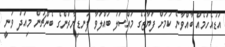
އަޑުއެހުމެއް ބާއްވާނެ ކަމަށް ފަޔާޒުގެ މައްސަލަ ބައްލަވާ ފަނޑިޔާރުންގެ ބެންޗުން މިއަދު ވަނީ